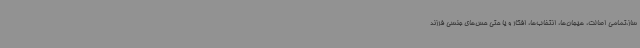
ساز،تمامی اصالت، هیجان‌ها، انتخاب‌ها، افکار و یا حتی حس‌های جنسی فرزند